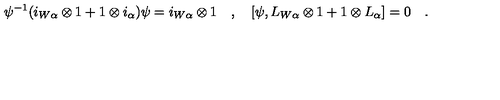
\psi ^ { - 1 } ( i _ { W \alpha } \otimes 1 + 1 \otimes i _ { \alpha } ) \psi = i _ { W \alpha } \otimes 1 \quad , \quad [ \psi , L _ { W \alpha } \otimes 1 + 1 \otimes L _ { \alpha } ] = 0 \quad .